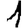
Digit: 1